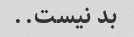
بد نیست..